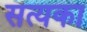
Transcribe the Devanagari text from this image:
सत्यका